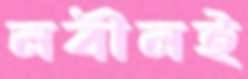
নবীনই